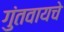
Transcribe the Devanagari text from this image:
गुंतवायचे